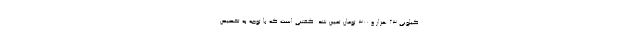
کیلویی ۲۳ هزار و ۳۰۰ تومان تعیین شد. گفتنی است که با توجه به تخصیص